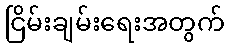
ငြိမ်းချမ်းရေးအတွက်